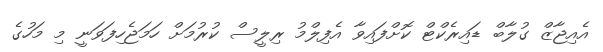
އެއިޖާޒް ގުލާބް ޑައިރެކްޓް ކޮށްފައިވާ އެފިލްމު ރިލީސް ކުރުމަށް ހަމަޖެހިފަވަނީ މި މަހުގެ